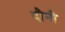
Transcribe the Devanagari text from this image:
दौनी